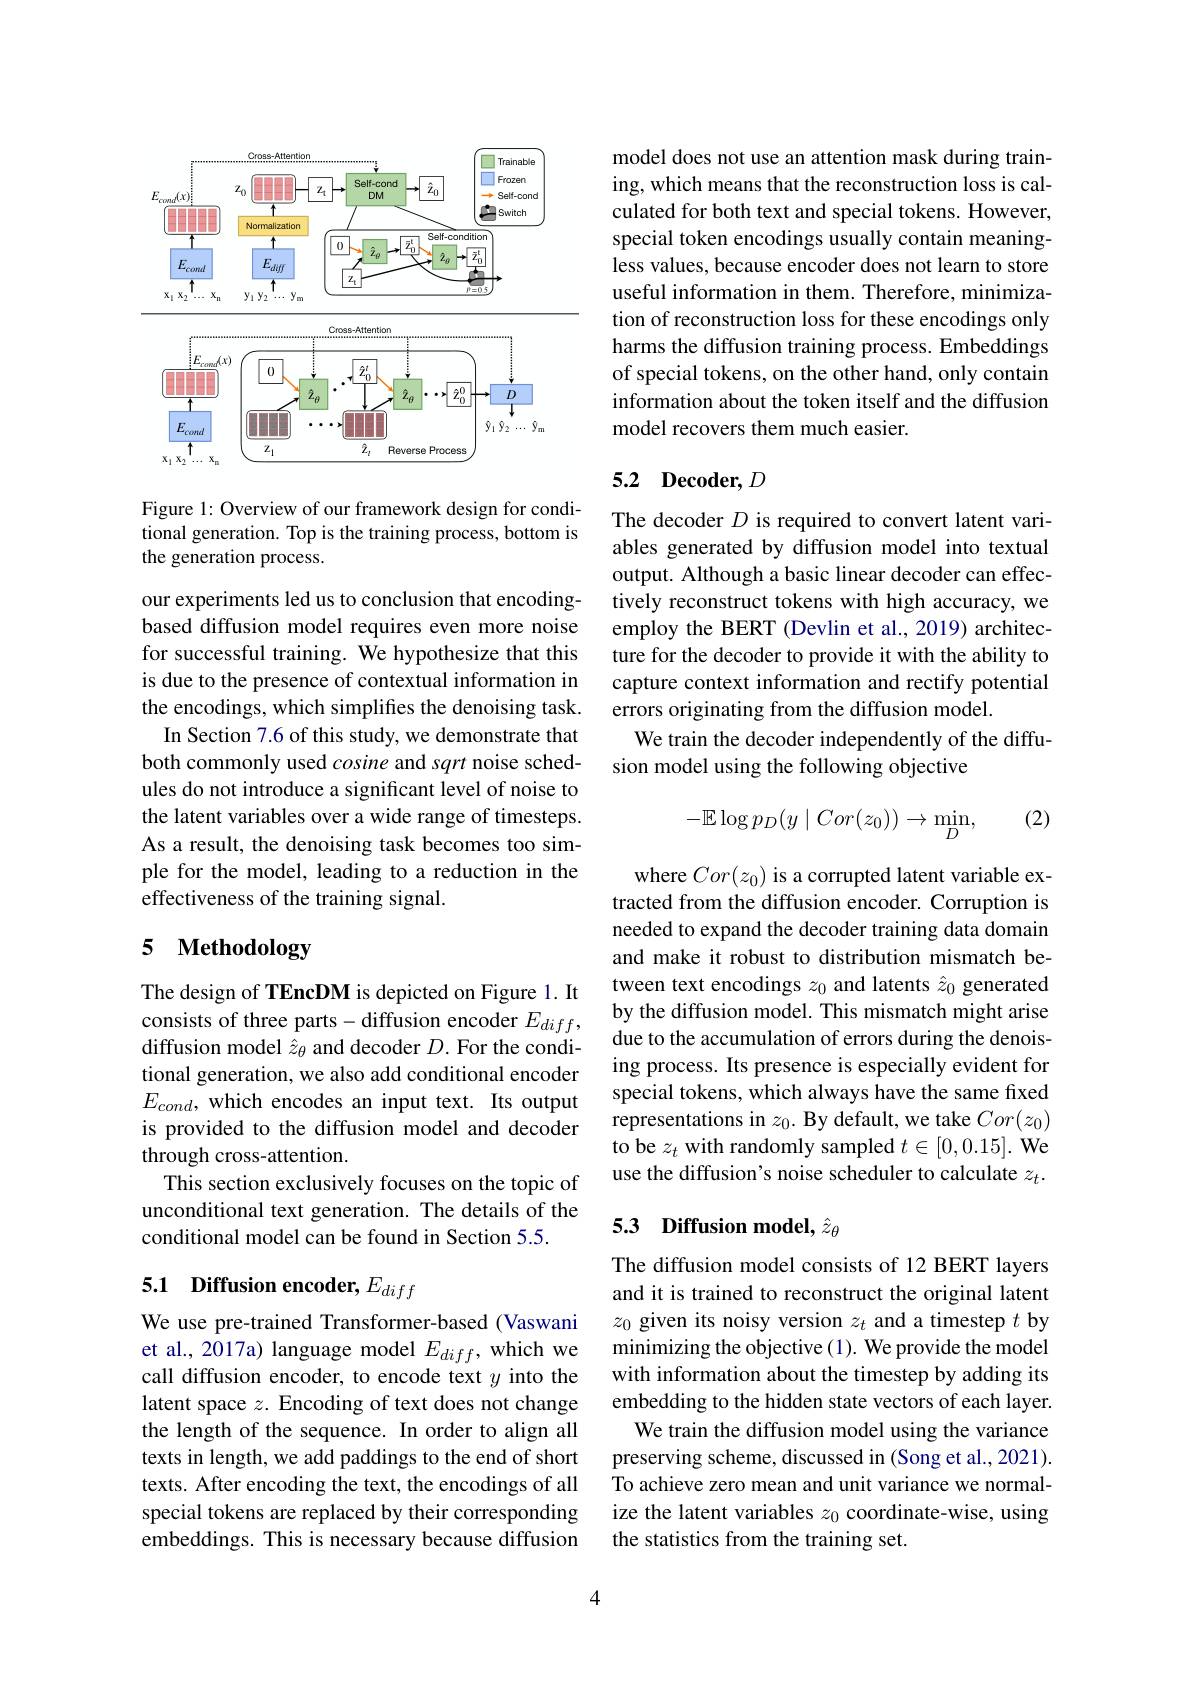
<FigureHere>

Figure 1: Overview of our framework design for conditional generation. Top is the training process, bottom is the generation process.

our experiments led us to conclusion that encodingbased diffusion model requires even more noise for successful training. We hypothesize that this is due to the presence of contextual information in the encodings, which simplifies the denoising task.
In Section 7.6 of this study, we demonstrate that both commonly used cosine and sqrt noise schedules do not introduce a significant level of noise to the latent variables over a wide range of timesteps. As a result, the denoising task becomes too simple for the model, leading to a reduction in the effectiveness of the training signal.

## 5 $\textbf{Methodology}$

The design of TEncDM is depicted on Figure 1. It consists of three parts-diffusion encoder $E_diff$, diffusion model $\hat{z}_\theta$ and decoder $D.$ For the conditional generation, we also add conditional encoder $E_{cond}$, which encodes an input text. Its output is provided to the diffusion model and decoder through cross-attention.
This section exclusively focuses on the topic of unconditional text generation. The details of the conditional model can be found in Section 5.5.

# 5.1 Diffusion encoder, $E_diff$

We use pre-trained Transformer-based (Vaswani et al., 2017a) language model $E_{diff}$, which we call diffusion encoder, to encode text $y$ into the latent space $z.$ Encoding of text does not change the length of the sequence. In order to align all texts in length, we add paddings to the end of short texts. After encoding the text, the encodings of all special tokens are replaced by their corresponding embeddings. This is necessary because diffusion

model does not use an attention mask during training, which means that the reconstruction loss is calculated for both text and special tokens. However, special token encodings usually contain meaningless values, because encoder does not learn to store useful information in them. Therefore, minimization of reconstruction loss for these encodings only harms the diffusion training process. Embeddings of special tokens, on the other hand, only contain information about the token itself and the diffusion model recovers them much easier.

# 5.2 Decoder, $D$

The decoder $D$ is required to convert latent variables generated by diffusion model into textual output. Although a basic linear decoder can effectively reconstruct tokens with high accuracy, we employ the BERT (Devlin et al., 2019) architecture for the decoder to provide it with the ability to capture context information and rectify potential errors originating from the diffusion model.
We train the decoder independently of the diffu-
sion model using the following objective

(2)
$$\begin{aligned}-\mathbb{E}\log p_D(y\mid Cor(z_0))\to\min_D,\end{aligned}$$
where $Cor(z_0)$ is a corrupted latent variable extracted from the diffusion encoder. Corruption is needed to expand the decoder training data domain and make it robust to distribution mismatch between text encodings $z_0$ and latents $\hat{z}_0$ generated by the diffusion model. This mismatch might arise due to the accumulation of errors during the denoising process. Its presence is especially evident for special tokens, which always have the same fixed representations in $z_0.$ By default, we take $Cor(z_0)$ to be $z_t$ with randomly sampled $t\in[0,0.15].$ We use the diffusion's noise scheduler to calculate $z_t.$

# 5.3 Diffusion model, $\hat{z}_\theta$

The diffusion model consists of 12 BERT layers and it is trained to reconstruct the original latent $z_0$ given its noisy version $z_t$ and a timestep $t$ by minimizing the objective (1). We provide the model with information about the timestep by adding its embedding to the hidden state vectors of each layer.
We train the diffusion model using the variance preserving scheme, discussed in (Song et al., 2021). To achieve zero mean and unit variance we normalize the latent variables $z_0$ coordinate-wise, using the statistics from the training set.

4